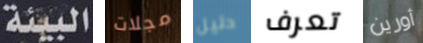
البيئة مجلات دليل تعرف أورين